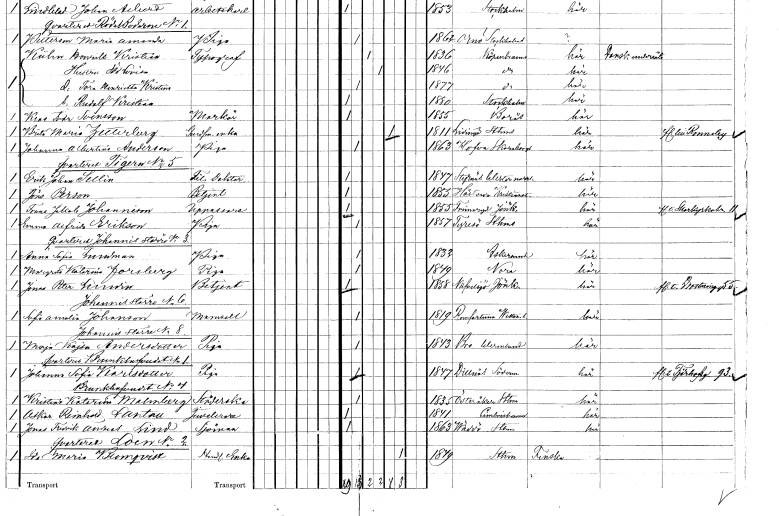
gt_parse: households: individuals: FN: Brita Maria
EN: Zetterberg
YRKE: Änkling
KON: K
CIV: E
FODAR: 1811
FODFORS: Lidingö Stockholms län
FN: Johanna Albertina
EN: Anderson
YRKE: Piga
KON: K
CIV: O
FODAR: 1863
FODFORS: Hova Skaraborgs län
FN: Erik Johan
EN: Sellin
YRKE: Fil. doktor
KON: M
CIV: O
FODAR: 1847
FODFORS: Styrnäs Västernorrlands län
FN: Jöns
EN: Person
YRKE: Betjänt
KON: M
CIV: O
FODAR: 1855
FODFORS: Hästveda Kristianstads län
FN: Frans Jakob
EN: Johannison
YRKE: Uppassare
KON: M
CIV: O
FODAR: 1855
FODFORS: Frinnaryd Jönköpings län
FN: Emma Alfrida
EN: Erikson
YRKE: Piga
KON: K
CIV: O
FODAR: 1857
FODFORS: Tyresö Stockholms län
FN: Anna Sofia
EN: Lundman
YRKE: Piga
KON: K
CIV: O
FODAR: 1832
FODFORS: Askersund Örebro län
FN: Margreta Katarina
EN: Forsberg
YRKE: Piga
KON: K
CIV: O
FODAR: 1849
FODFORS: Nora Örebro län
FN: Jonas Petter
EN: Lundin
YRKE: Betjänt
KON: M
CIV: O
FODAR: 1858
FODFORS: Nävelsjö Jönköpings län
FN: Sofia Amalia
EN: Johanson
KON: K
CIV: O
FODAR: 1819
FODFORS: Romfartuna Västmanlands län
FN: Maja Kajsa
EN: Andersdotter
YRKE: Piga
KON: K
CIV: O
FODAR: 1843
FODFORS: Bro Värmlands län
FN: Johanna Sofia
EN: Karlsdotter
YRKE: Piga
KON: K
CIV: O
FODAR: 1847
FODFORS: Dillnäs Södermanlands län
FN: Kristina Katarina
EN: Malmberg
YRKE: Städerska
KON: K
CIV: O
FODAR: 1835
FODFORS: Österåker Stockholms län
FN: Oskar Reinhold
EN: Lantau
YRKE: Juvelerare
KON: M
CIV: O
FODAR: 1841
FODFORS: Simrishamn Kristianstads län
FN: Jonas Fredrik Andreas
EN: Lind
YRKE: Sjöman
KON: M
CIV: O
FODAR: 1863
FODFORS: Väddö Stockholms län
FN: Ida Maria
EN: Blomqvist
YRKE: Handlareänka
KON: K
CIV: E
FODAR: 1849
FODFORS: Stockholm